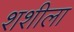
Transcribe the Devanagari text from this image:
शशीला